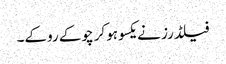
فیلڈرز نے یکسوہوکر چوکے روکے۔